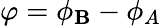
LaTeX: \varphi=\phi_{\mathbf{B}}-\phi_{A}